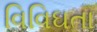
વિવિઘતા